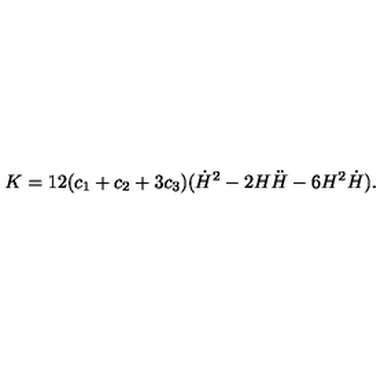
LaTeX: K = 1 2 ( c _ { 1 } + c _ { 2 } + 3 c _ { 3 } ) ( \dot { H } ^ { 2 } - 2 H \ddot { H } - 6 H ^ { 2 } \dot { H } ) .